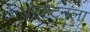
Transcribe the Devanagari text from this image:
डोव्हेटनला